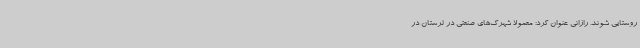
روستایی شوند. رازانی عنوان کرد: معمولاً شهرک‌های صنعتی در لرستان در